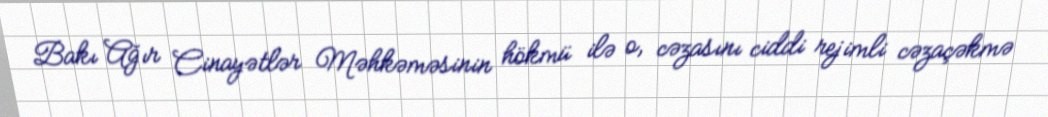
Bakı Ağır Cinayətlər Məhkəməsinin hökmü ilə o, cəzasını ciddi rejimli cəzaçəkmə